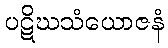
ပဋိဃသံယောဇနံ